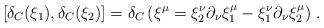
LaTeX: \begin{align*}\left[\delta_C(\xi_1),\delta_C(\xi_2)\right]=\delta_C\left(\xi^\mu=\xi_2^\nu\partial_\nu\xi_1^\mu-\xi_1^\nu\partial_\nu\xi_2^\mu\right)\,.\end{align*}